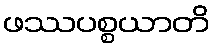
ဖဿပစ္စယာတိ